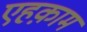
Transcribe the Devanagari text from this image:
एहक़ाम